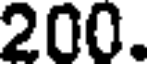
200.